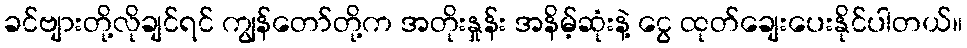
ခင်ဗျားတို့လိုချင်ရင် ကျွန်တော်တို့က အတိုးနှုန်း အနိမ့်ဆုံးနဲ့ ငွေ ထုတ်ချေးပေးနိုင်ပါတယ်။